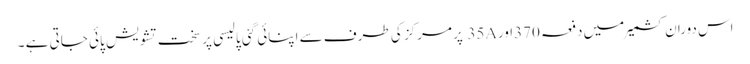
اس دوران کشمیر میں دفعہ 370اور35A پر مرکز کی طرف سے اپنائی گئی پالیسی پر سخت تشویش پائی جاتی ہے ۔